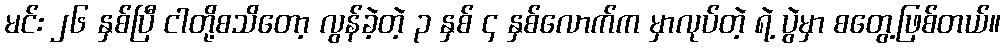
မင်း ၂၆ နှစ်ပြီ ငါတို့စသိတော့ လွန်ခဲ့တဲ့ ၃ နှစ် ၄ နှစ်လောက်က မှာလုပ်တဲ့ ရဲ့ ပွဲမှာ စတွေ့ဖြစ်တယ်။